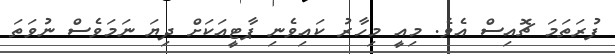
ފުރަތަމަ ޗޮއިސް އެވެ. މިއީ މިހާރު ކައިވެނި ޕާޓީއަކަށް ދިޔަ ނަމަވެސް ނުވަތަ